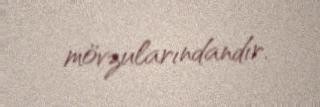
mövzularındandır.